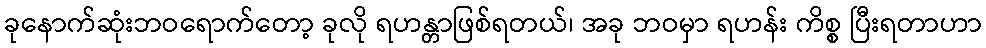
ခုနောက်ဆုံးဘဝရောက်တော့ ခုလို ရဟန္တာဖြစ်ရတယ်၊ အခု ဘဝမှာ ရဟန်း ကိစ္စ ပြီးရတာဟာ